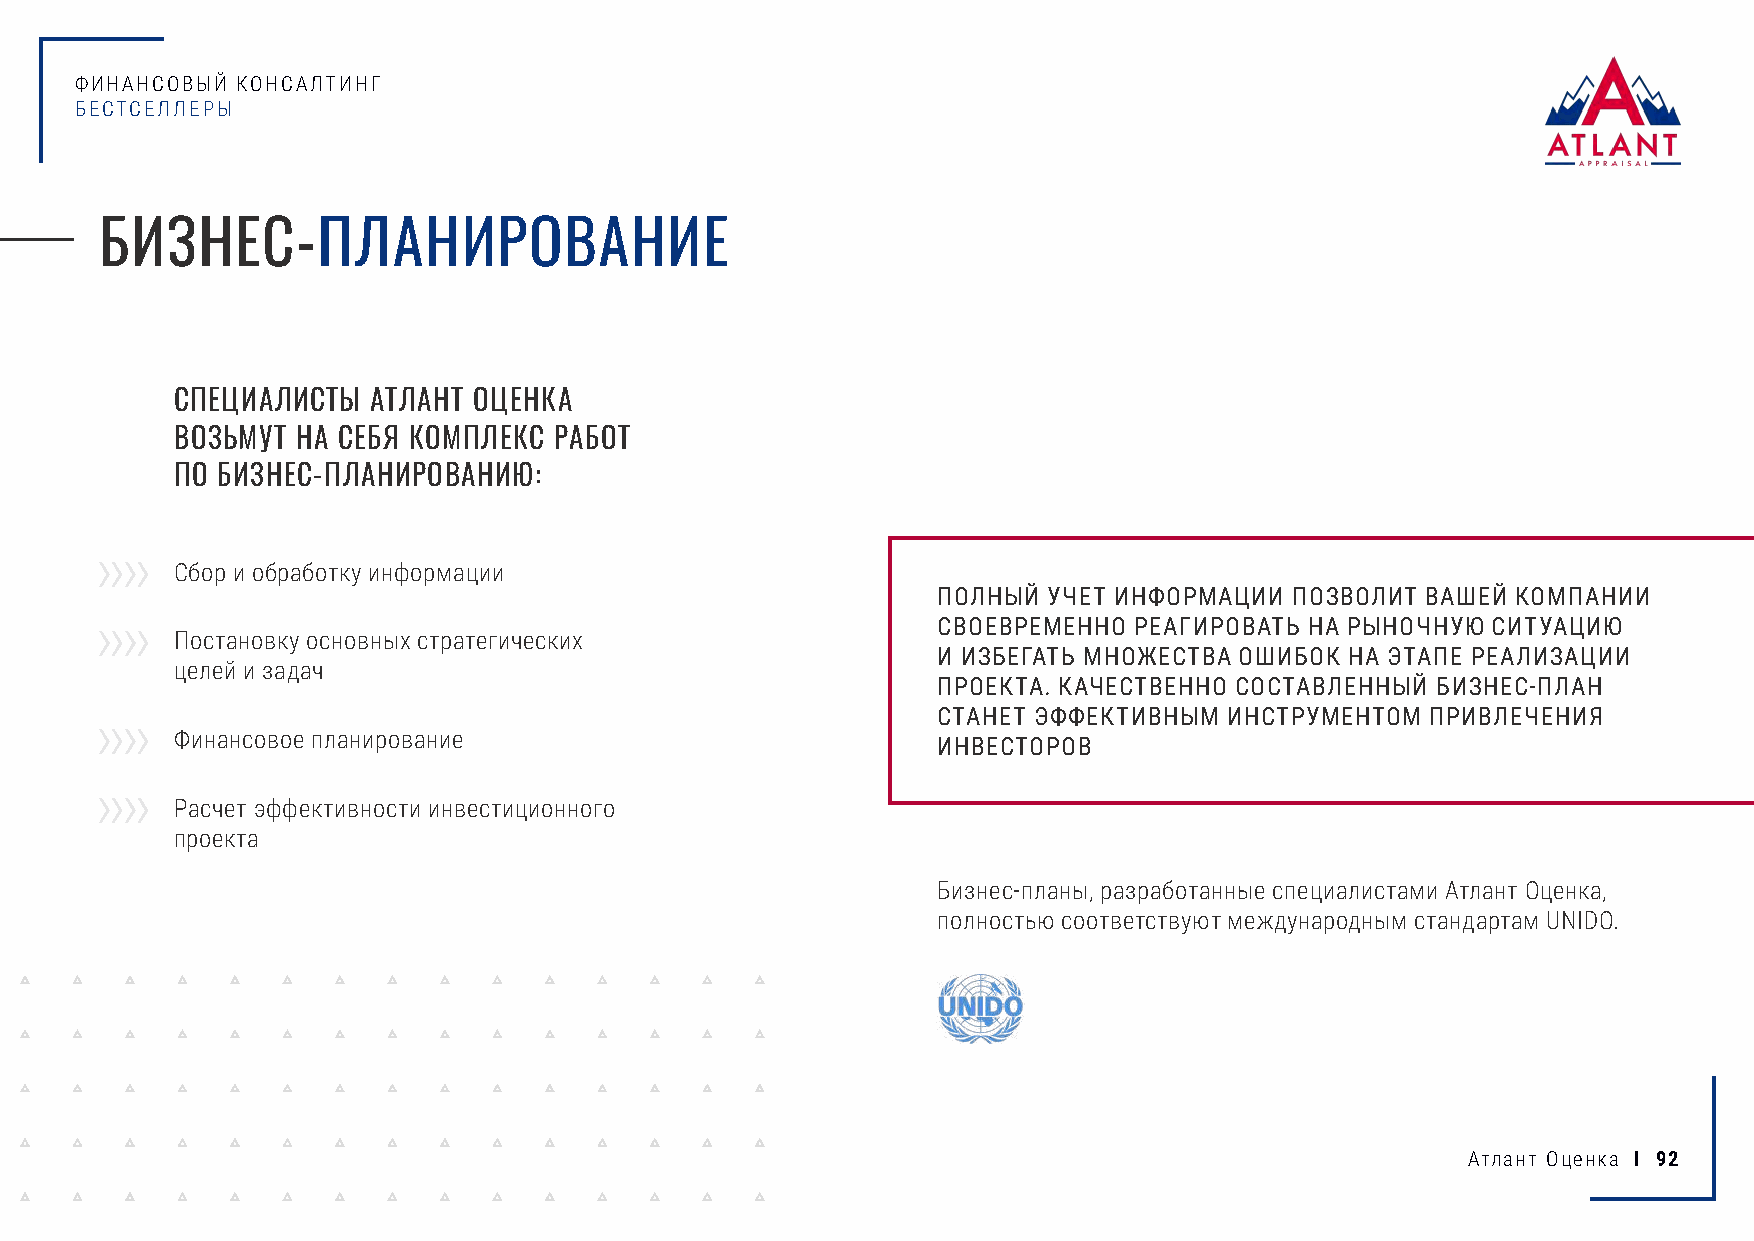
ФИНАНСОВЫЙ КОНСАЛТИНГ
 БЕСТСЕЛЛЕРЫ
 БИЗНЕС-ПЛАНИРОВАНИЕ
 СПЕЦИАЛИСТЫ  АТЛАНТ ОЦЕНКА
 ВОЗЬМУТ НА СЕБЯ КОМПЛЕКС РАБОТ
 ПО БИЗНЕС-ПЛАНИРОВАНИЮ:
 Cбор и обработку информации
 ПОЛНЫЙ УЧЕТ ИНФОРМАЦИИ  ПОЗВОЛИТ ВАШЕЙ КОМПАНИИ
 СВОЕВРЕМЕННО РЕАГИРОВАТЬ НА РЫНОЧНУЮ СИТУАЦИЮ
 Постановку основных стратегических
 И ИЗБЕГАТЬ МНОЖЕСТВА ОШИБОК НА ЭТАПЕ РЕАЛИЗАЦИИ
 целей и задач
 ПРОЕКТА. КАЧЕСТВЕННО СОСТАВЛЕННЫЙ БИЗНЕС-ПЛАН
 СТАНЕТ ЭФФЕКТИВНЫМ ИНСТРУМЕНТОМ  ПРИВЛЕЧЕНИЯ
 Финансовое планирование
 ИНВЕСТОРОВ
 Расчет эффективности инвестиционного
 проекта
 Бизнес-планы, разработанные специалистами Атлант Оценка,
 полностью соответствуют международным стандартам UNIDO.
 Атлант Оценка I 92